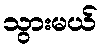
သွားမယ်